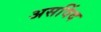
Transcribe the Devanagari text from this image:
असविंद